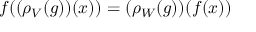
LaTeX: f ( ( \rho _ { V } ( g ) ) ( x ) ) = ( \rho _ { W } ( g ) ) ( f ( x ) )